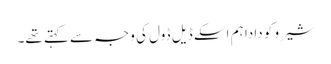
شیرو کو دادا ہم اسکے ڈیل ڈول کی وجہ سے کہتے تھے۔